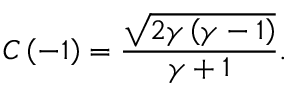
C \left( - 1 \right) = \frac { \sqrt { 2 \gamma \left( \gamma - 1 \right) } } { \gamma + 1 } .